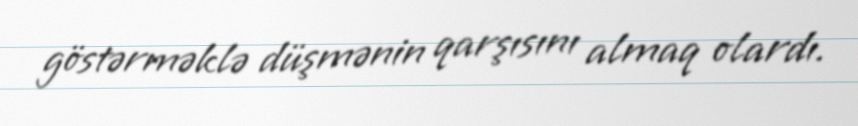
göstərməklə düşmənin qarşısını almaq olardı.